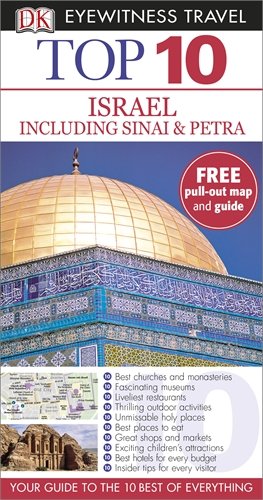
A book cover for DK Eyewitness Top 10 Travel Guide: Israel, Sinai and Petra; Travel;